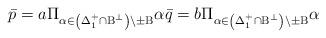
LaTeX: \begin{align*}\bar{p}=a \Pi_{\alpha\in\left(\Delta_1^{+}\cap{\text B}^{\perp}\right)\backslash\pm{\text B}} \alpha\bar{q}=b \Pi_{\alpha\in\left(\Delta_1^{+}\cap{\text B}^{\perp}\right)\backslash\pm{\text B}} \alpha\end{align*}